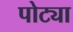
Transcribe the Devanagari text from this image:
पोट्या